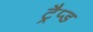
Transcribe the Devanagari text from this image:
ट्रैप्ड